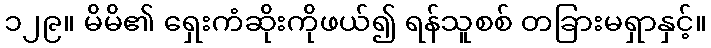
၁၂၉။ မိမိ၏ ရှေးကံဆိုးကိုဖယ်၍ ရန်သူစစ် တခြားမရှာနှင့်။